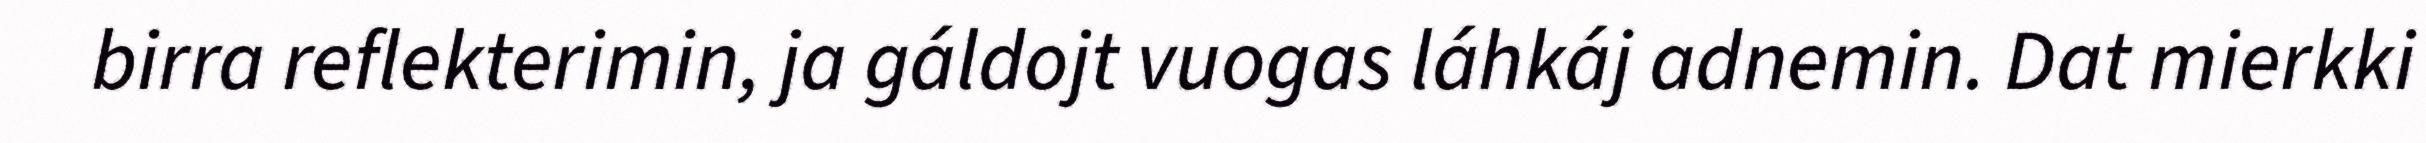
birra reflekterimin, ja gáldojt vuogas láhkáj adnemin. Dat mierkki